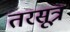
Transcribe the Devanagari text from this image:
तरसूत्र